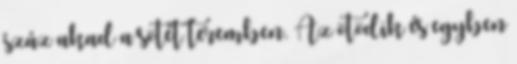
száz akad a sötét teremben. Az ötödik és egyben